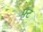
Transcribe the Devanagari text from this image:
फ्ट